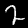
Label: 2